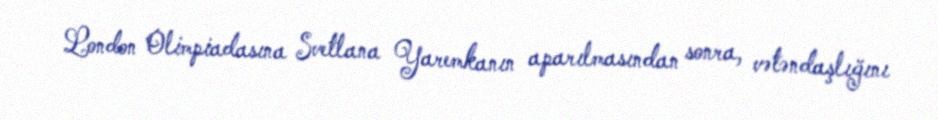
London Olimpiadasına Svetlana Yaremkanın aparılmasından sonra, vətəndaşlığını